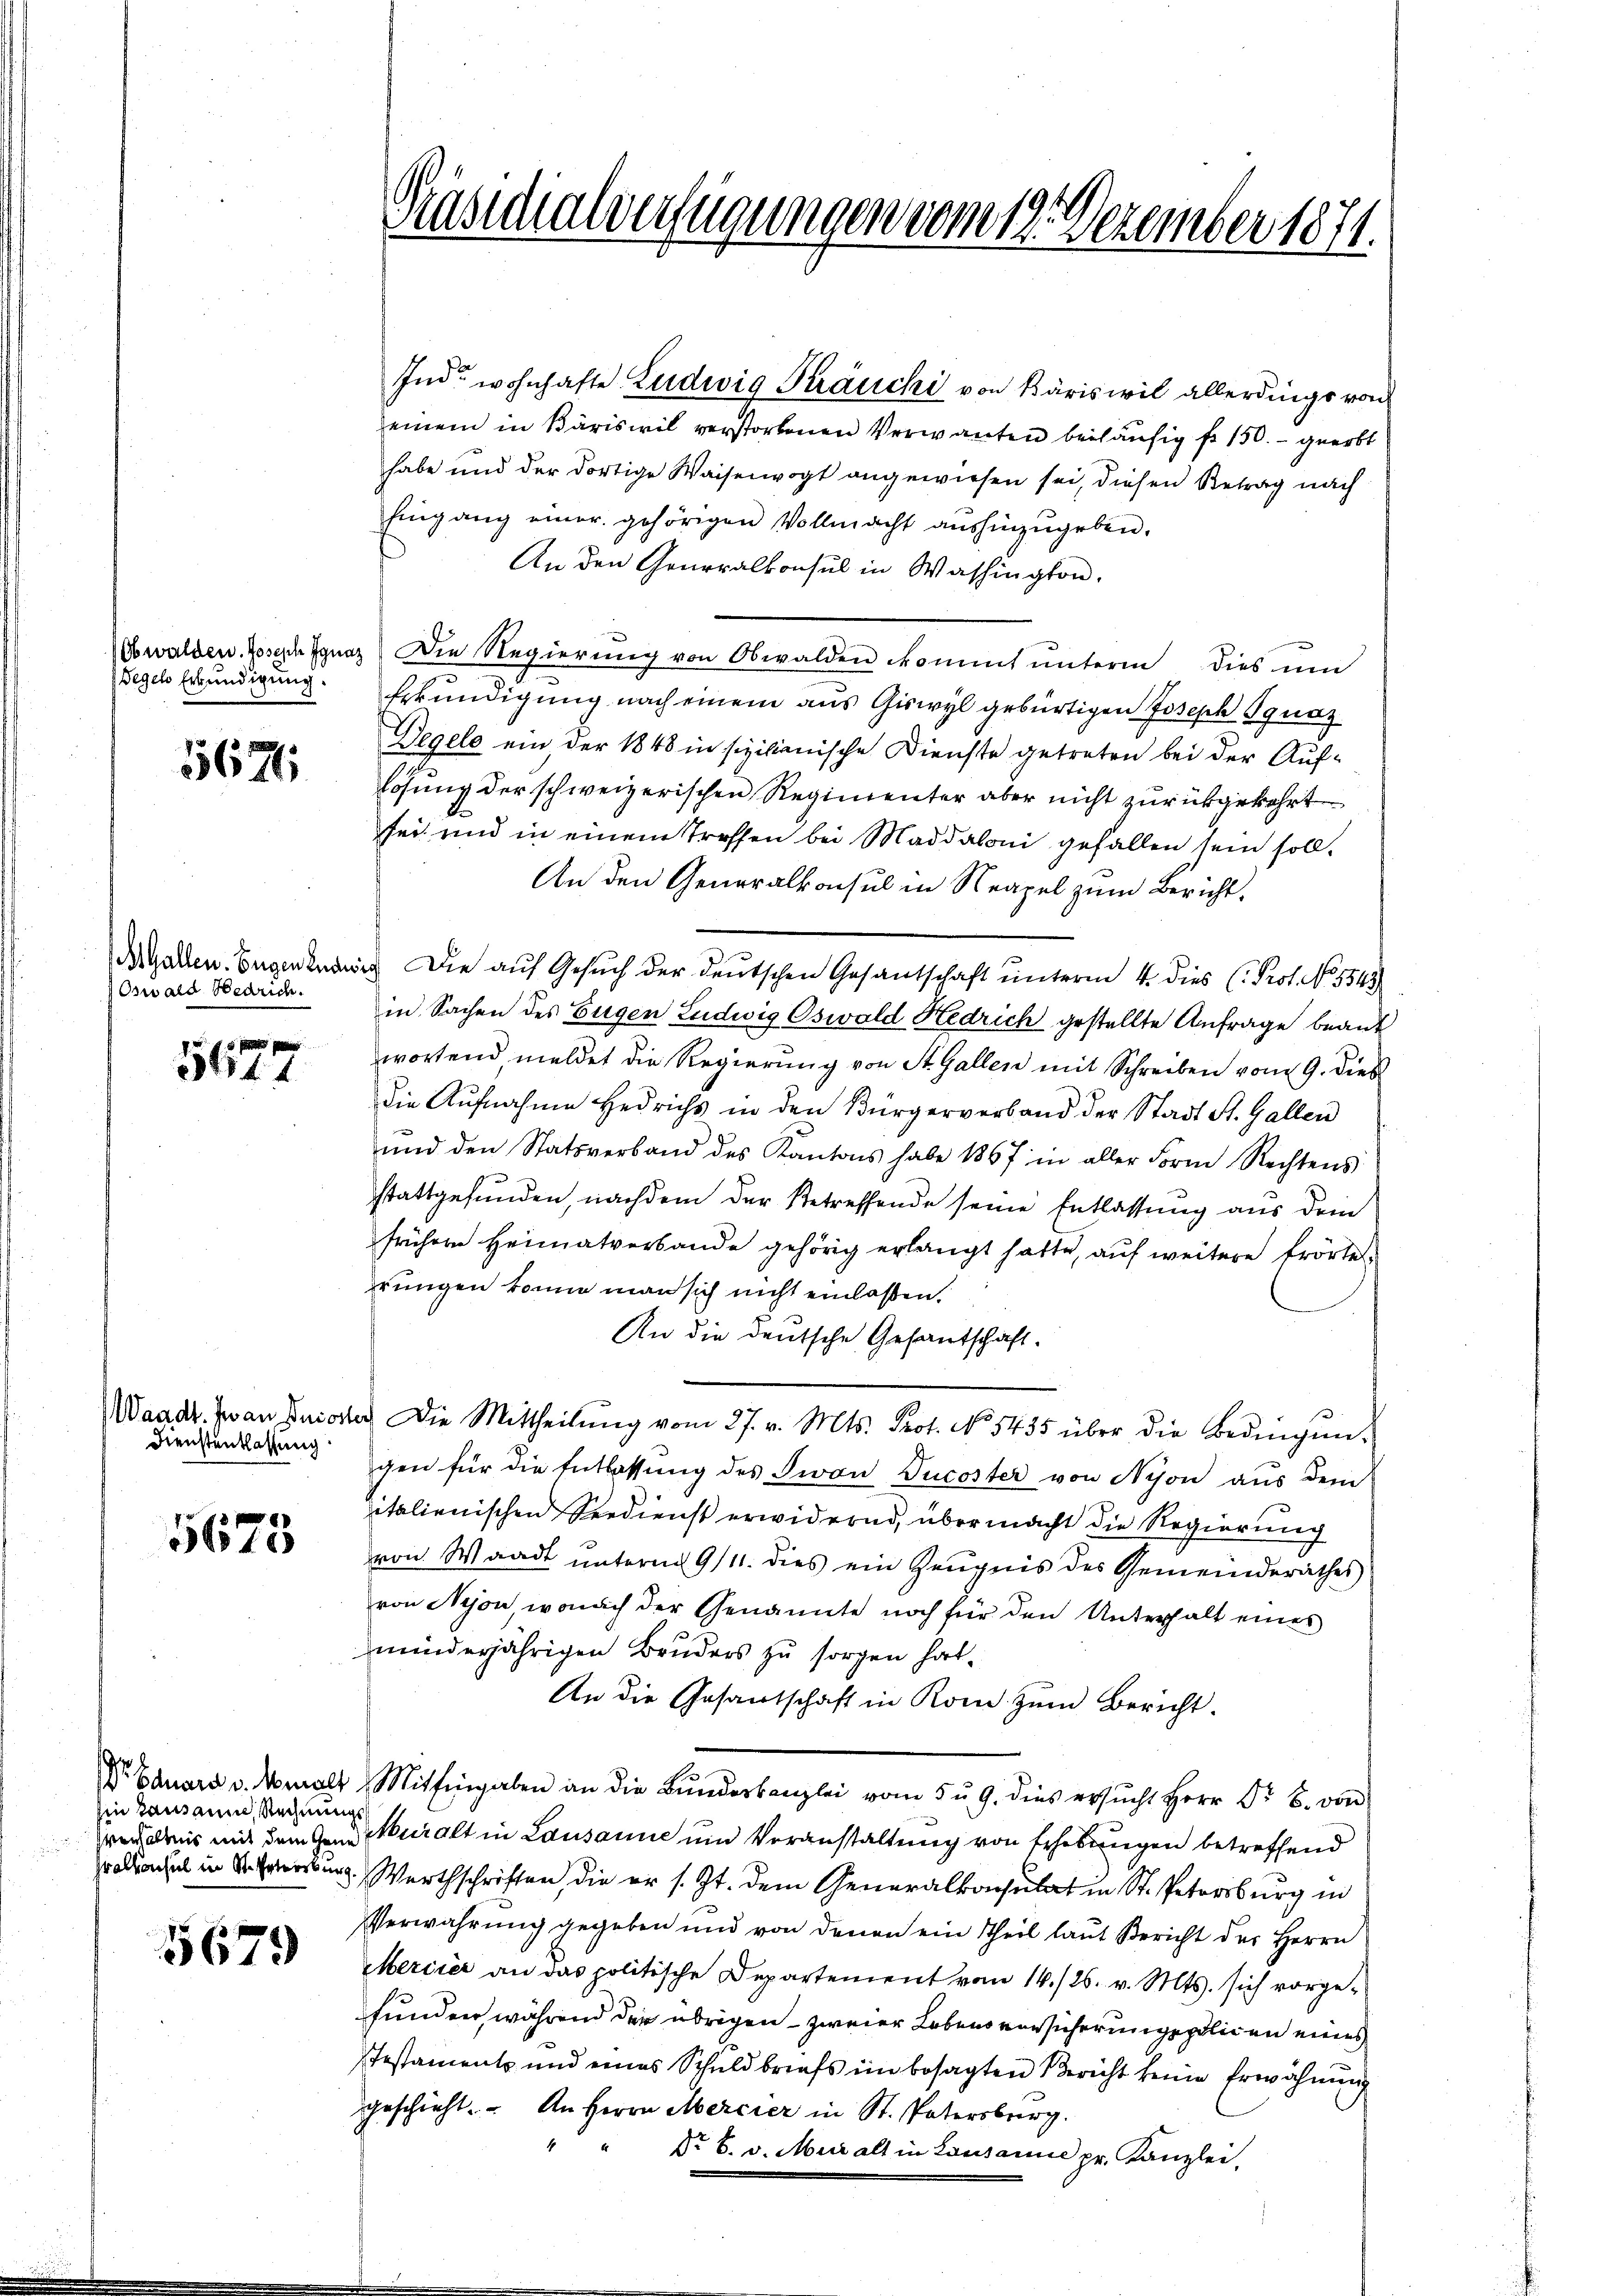
Obwalden. Joseph Ignaz
Tegel Erkundigung.

567

Oswald Bedrich.

5 P
341

Dienstentlassung

5673

in Lausann, Rechnung

5679

Präsidialverfügungen vom 19. Dezember 1871.

einem in Bäriswil verstorbenen Verwanten beiläufig f 150.- geerbt
habe und der dortige Waisenvogt angewiesen sei, diesen Betrag nach
Eingang einer gehörigen Vollmacht aŭshinzŭgeben.
An den Generalkonsul in Washington.
Die Regierung von Obwalden kommt unterm dies um
Erkundigung nach einem aus Giswyl gebürtigen Joseph Ignaz
Degels ein, der 1848 in sizilianische Dienste getreten bei der Auflösung der schweizerischen Regimenter aber nicht zurückgekehrt
sei und in einem treffen bei Maddaloni gefallen sein soll.
An den Generalkonsul in Neapel zum Bericht,
AGatten. Eigen Die auf Gesuch der deutschen Gesantschaft unterm 4. dies (Prot. No. 5543
in Sachen des Eugen Ludwig Oswald Hedrich gestellte Anfrage beant
wortend meldet die Regierung von St. Gallen mit Schreiben vom 9. dieß
die Aufnahme Hedrichs in den Bürgerverband der Stadt St. Gallen
und den Statsverband des Kantons habe 1867 in aller Form Rechtens
stattgefunden, nachdem der Betreffende seine Entlassung aus dem
frühere Heimatverbande gehörig erlangt hatte, auf weitere Erörte
rungen könne man sich nicht einlassen.
An die deutsche Gesantschaft.
Waadt. Jean Priester Die Mittheilŭng vom 27. v. Mts. Prot. No. 5435 über die Bedingŭn-
gen für die Entlassŭng des Jwan Tucoster von Nison aus dem
italienischen Seedienst erwidernd, über macht die Regierung
von Waadt unterm 9/11. dies ein Zeugnis des Gemeinderathes
von Nyon, wonach der Genannte noch für den Unterhalt eines
minderjährigen Bruders zu sorgen hat.
An die Gesantschaft in Rom zum Bericht.
Dr Eduard v. Mmalt Mithingaben an die Bŭndeskanzlei vom 5 u. 9. dies ersŭcht Herr Dr. B. von
verhältnis mit dem Hand Muralt in Lausanne und Veranstaltung von Erhebungen betreffend
Prolonchel in Herrn Werthschriften, die er s. Zt. dem Generalkonsulat in St. Petersburg in
Verwahrung gegeben und von denen ein Theil laut Bericht der Herrn
Mercier an das politische Departement vom 14./26. v. Mts. sich vorge-
funden, während der übrigen – zweier Lebens erwicherungspolicen eines
stestament und eines Schuldbriefs im besagten Bericht keine Erwähnŭng
geschieht. An Herrn Mercier in St. Patersburg.
Nr. 6. v. Muralt in Lausanne pr. Kanzlei,

Ind wohnhafte Ludwig Sträuchi von Bäriswil allerdings von